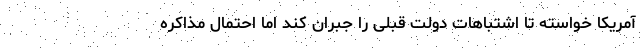
آمریکا خواسته تا اشتباهات دولت قبلی را جبران کند اما احتمال مذاکره